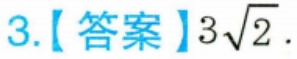
3.【答案】\(3\sqrt{2}\).